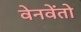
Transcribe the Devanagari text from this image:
वेनवेंतो